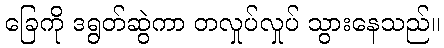
ခြေကို ဒရွတ်ဆွဲကာ တလှုပ်လှုပ် သွားနေသည်။